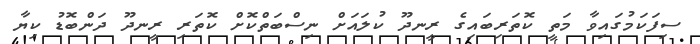
ސިފަކަމުގައިވާ މަތީ ކޮތަރިބައިގެ ރީނދޫ ކުލައަށް ނިސްބަތްކޮށް ކޮތަރި ރީނދޫ ދަންބޮޑު ކިޔާ